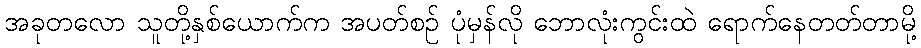
အခုတလော သူတို့နှစ်ယောက်က အပတ်စဉ် ပုံမှန်လို ဘောလုံးကွင်းထဲ ရောက်နေတတ်တာမို့